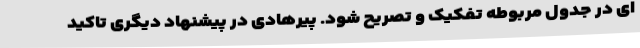
ای در جدول مربوطه تفکیک و تصریح شود. پیرهادی در پیشنهاد دیگری تاکید